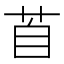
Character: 𦤅